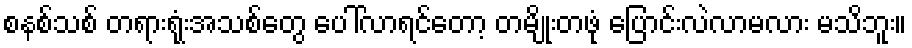
စနစ်သစ် တရားရုံးအသစ်တွေ ပေါ်လာရင်တော့ တမျိုးတဖုံ ပြောင်းလဲလာမလား မသိဘူး။